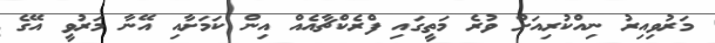
މަރުވިއިރު ނިއްކުރިއަށް ވުރެ މަތީގައި ފްރެކްޗާއެއް އިން ކަމަށާއި އޭނާ މަރުވީ އޭގެ